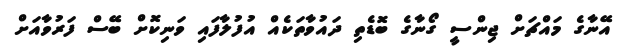
އޭނާގެ މައްޗަށް ޖިންސީ ގޯނާގެ ބޮޑެތި ދައުވާތަކެއް އުފުލާފައި ވަނިކޮށް ބޭސް ފަރުވާއަށް